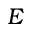
E